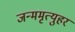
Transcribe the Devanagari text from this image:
जन्ममृत्युहरं